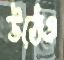
উঠেও